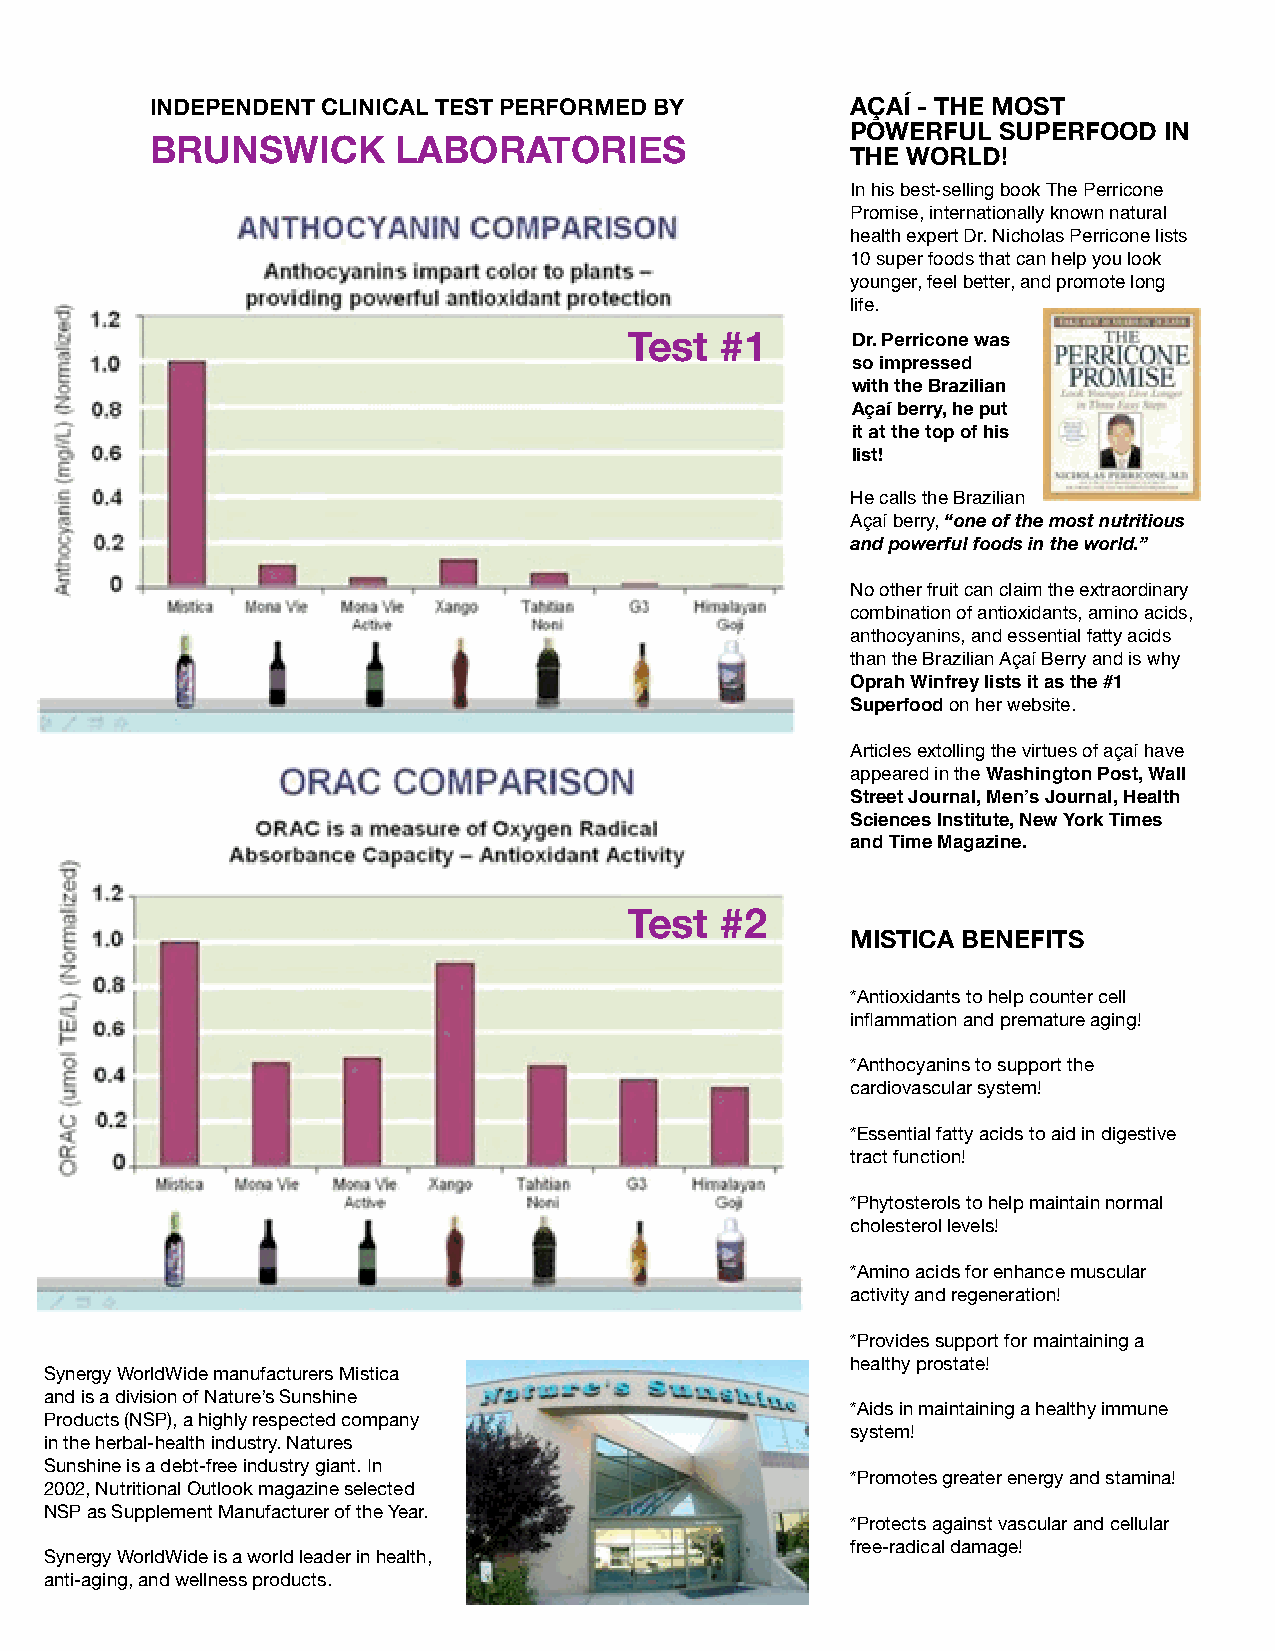
INDEPENDENT CLINICAL TEST PERFORMED BY        AÇAÍ - THE MOST
 POWERFUL  SUPERFOOD  IN
 BRUNSWICK       LABORATORIES
 THE WORLD!
 In his best-selling book The Perricone
 Promise, internationally known natural
 health expert Dr. Nicholas Perricone lists
 10 super foods that can help you look
 younger, feel better, and promote long
 life.
 Test  #1      Dr. Perricone was
 so impressed
 with the Brazilian
 Açaí berry, he put
 it at the top of his
 list!
 He calls the Brazilian
 Açaí berry, “one of the most nutritious
 and powerful foods in the world.”
 No other fruit can claim the extraordinary
 combination of antioxidants, amino acids,
 anthocyanins, and essential fatty acids
 than the Brazilian Açaí Berry and is why
 Oprah Winfrey lists it as the #1
 Superfood on her website.
 Articles extolling the virtues of açaí have
 appeared in the Washington Post, Wall
 Street Journal, Men’s Journal, Health
 Sciences Institute, New York Times
 and Time Magazine.
 Test  #2
 MISTICA BENEFITS
 *Antioxidants to help counter cell
 inflammation and premature aging!
 *Anthocyanins to support the
 cardiovascular system!
 *Essential fatty acids to aid in digestive
 tract function!
 *Phytosterols to help maintain normal
 cholesterol levels!
 *Amino acids for enhance muscular
 activity and regeneration!
 *Provides support for maintaining a
 healthy prostate!
 Synergy WorldWide manufacturers Mistica
 and is a division of Nature’s Sunshine
 *Aids in maintaining a healthy immune
 Products (NSP), a highly respected company
 system!
 in the herbal-health industry. Natures
 Sunshine is a debt-free industry giant. In
 *Promotes greater energy and stamina!
 2002, Nutritional Outlook magazine selected
 NSP as Supplement Manufacturer of the Year.
 *Protects against vascular and cellular
 free-radical damage!
 Synergy WorldWide is a world leader in health,
 anti-aging, and wellness products.